Report on sanitation, dispensaries, and jails in Rajputana for 1913, and on vaccination for the year 1913-1914 - 1913-1914
Year: 1913
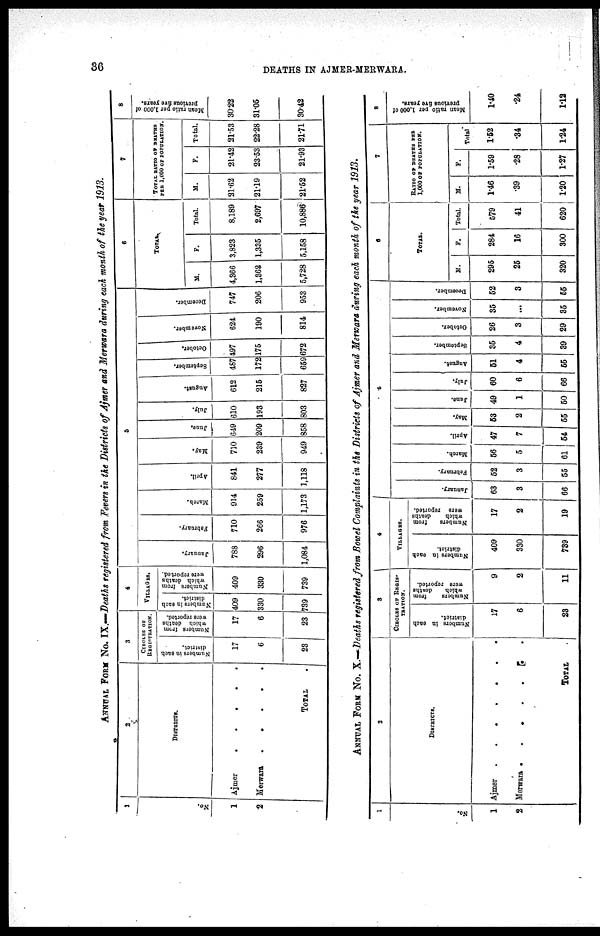
36
DEATHS IN AJMER-MERWARA.
ANNUAL FORM No. IX.—Deaths registered from Fevers in the Districts of Ajmer and Merwara during each month of the year 1913.
1
No.
1
2
2
DISTRICTS.
Ajmer
.
.
.
.
.
Merwara
.
.
.
.
.
TOTAL .
3
CIRCLES OF
REGISTRATION.
Numbers in each
district.
17
6
23
Numbers from
which deaths
were reported.
17
6
23
4
VILLAGES.
Numbers in each
district.
409
330
739
Numbers from
which deaths
were reported.
409
330
739
5
January.
788
296
1,084
February.
710
266
976
March.
914
259
1,173
April.
841
277
1,118
May.
710
239
949
June.
649
209
858
July.
610
193
803
August.
612
215
827
September.
487
172
659
October.
497
175
672
November.
624
190
814
December.
747
206
953
6
TOTAL.
M.
4,366
1,362
5,728
F.
3,823
1,335
5,158
Total.
8,189
2,697
10,886
7
TOTAL RATIO OF DEATHS
PER 1,000 OF POPULATION.
M.
21.62
21.19
21.52
F.
21.42
23.53
21.93
Total.
21.53
22.28
21.71
8
Mean ratio per 1,000 of
previous five years.
30.22
31.05
30.42
ANNUAL FORM No. X.—Deaths registered from Bowel Complaints in the Districts of Ajmer and Merwara during each month of the year 1913.
1
No.
1
2
2
DISTRICTS.
Ajmer . . . . . . .
Merwara .
.
.
.
.
.
.
TOTAL .
3
CIRCLES OF REGIS¬
TRATION.
Numbers in each
district.
17
6
23
Numbers
from
which
deaths
were reported.
9
2
11
4
VILLAGES.
Numbers in each
district.
409
330
739
Numbers
from
which
deaths
were reported.
17
2
19
5
January.
63
3
66
February.
52
3
55
March.
56
5
61
April.
47
7
54
May.
63
2
55
June.
49
1
50
July.
60
6
66
August.
61
4
55
September.
35
4
39
October.
26
3
29
November.
35
...
35
December.
52
3
55
6
TOTAL.
M.
295
25
320
F.
284
16
300
Total.
579
41
620
7
RATIO OF DEATHS PER
1,000 OF POPULATION.
M.
1.46
.39
1.20
F.
1.59
.28
1.27
Total
1.52
.34
1.24
8
Mean ratio per 1,000 of
previous five years.
1.40
.24
1.12